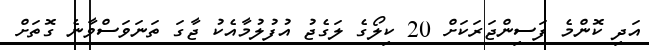
އަދި ކޮންމެ ފަސިންޖަރަކަށް 20 ކިލޯގެ ލަގެޖު އުފުލުމާއެކު ޖާގަ ތަނަވަސްވާނެ ގޮތަށް